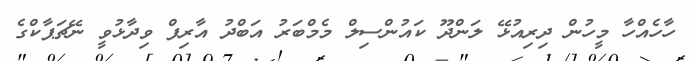
ހާހެއްހާ މީހުން ދިރިއުޅޭ ލަންދޫ ކައުންސިލް މެމްބަރު އަބްދު އާރިފް ވިދާޅުވީ ނޭޗަޕާކްގެ